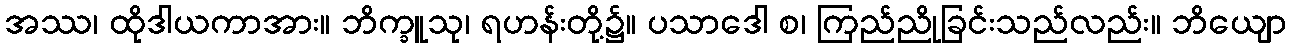
အဿ၊ ထိုဒါယကာအား။ ဘိက္ခူသု၊ ရဟန်းတို့၌။ ပသာဒေါ စ၊ ကြည်ညိုခြင်းသည်လည်း။ ဘိယျော